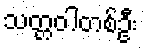
သတ္တဝါတစ်ဦး